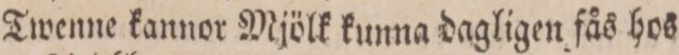
Twenne kannor Mjölk kunna dagligen fås hos